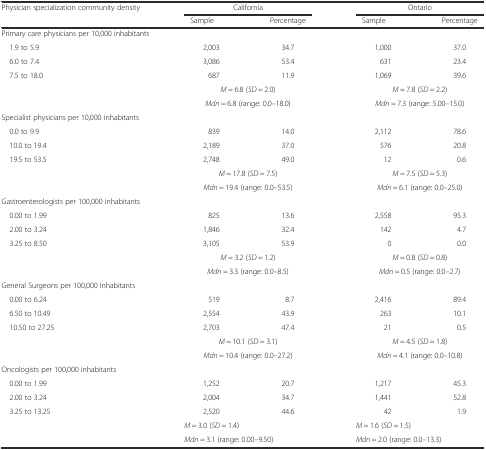
<table><thead><tr><td><b>Physician specialization community density</b></td><td colspan="2"><b>California</b></td><td colspan="2"><b>Ontario</b></td></tr><tr><td></td><td><b>Sample</b></td><td><b>Percentage</b></td><td><b>Sample</b></td><td><b>Percentage</b></td></tr></thead><tbody><tr><td colspan="5">Primary care physicians per 10,000 inhabitants</td></tr><tr><td> 1.9 to 5.9</td><td>2,003</td><td>34.7</td><td>1,000</td><td>37.0</td></tr><tr><td> 6.0 to 7.4</td><td>3,086</td><td>53.4</td><td>631</td><td>23.4</td></tr><tr><td> 7.5 to 18.0</td><td>687</td><td>11.9</td><td>1,069</td><td>39.6</td></tr><tr><td></td><td colspan="2"><i>M</i> = 6.8 (<i>SD</i> = 2.0)</td><td colspan="2"><i>M</i> = 7.8 (<i>SD</i> = 2.2)</td></tr><tr><td></td><td colspan="2"><i>Mdn</i> = 6.8 (range: 0.0–18.0)</td><td colspan="2"><i>Mdn</i> = 7.3 (range: 5.00–15.0)</td></tr><tr><td colspan="5">Specialist physicians per 10,000 inhabitants</td></tr><tr><td> 0.0 to 9.9</td><td>839</td><td>14.0</td><td>2,112</td><td>78.6</td></tr><tr><td> 10.0 to 19.4</td><td>2,189</td><td>37.0</td><td>576</td><td>20.8</td></tr><tr><td> 19.5 to 53.5</td><td>2,748</td><td>49.0</td><td>12</td><td>0.6</td></tr><tr><td></td><td colspan="2"><i>M</i> = 17.8 (<i>SD</i> = 7.5)</td><td colspan="2"><i>M</i> = 7.5 (<i>SD</i> = 5.3)</td></tr><tr><td></td><td colspan="2"><i>Mdn</i> = 19.4 (range: 0.0–53.5)</td><td colspan="2"><i>Mdn</i> = 6.1 (range: 0.0–25.0)</td></tr><tr><td colspan="5">Gastroenterologists per 100,000 inhabitants</td></tr><tr><td> 0.00 to 1.99</td><td>825</td><td>13.6</td><td>2,558</td><td>95.3</td></tr><tr><td> 2.00 to 3.24</td><td>1,846</td><td>32.4</td><td>142</td><td>4.7</td></tr><tr><td> 3.25 to 8.50</td><td>3,105</td><td>53.9</td><td>0</td><td>0.0</td></tr><tr><td></td><td colspan="2"><i>M</i> = 3.2 (<i>SD</i> = 1.2)</td><td colspan="2"><i>M</i> = 0.8 (<i>SD</i> = 0.8)</td></tr><tr><td></td><td colspan="2"><i>Mdn</i> = 3.3 (range: 0.0–8.5)</td><td colspan="2"><i>Mdn</i> = 0.5 (range: 0.0–2.7)</td></tr><tr><td colspan="5">General Surgeons per 100,000 Inhabitants</td></tr><tr><td> 0.00 to 6.24</td><td>519</td><td>8.7</td><td>2,416</td><td>89.4</td></tr><tr><td> 6.50 to 10.49</td><td>2,554</td><td>43.9</td><td>263</td><td>10.1</td></tr><tr><td> 10.50 to 27.25</td><td>2,703</td><td>47.4</td><td>21</td><td>0.5</td></tr><tr><td></td><td colspan="2"><i>M</i> = 10.1 (<i>SD</i> = 3.1)</td><td colspan="2"><i>M</i> = 4.5 (<i>SD</i> = 1.8)</td></tr><tr><td></td><td colspan="2"><i>Mdn</i> = 10.4 (range: 0.0–27.2)</td><td colspan="2"><i>Mdn</i> = 4.1 (range: 0.0–10.8)</td></tr><tr><td colspan="5">Oncologists per 100,000 inhabitants</td></tr><tr><td> 0.00 to 1.99</td><td>1,252</td><td>20.7</td><td>1,217</td><td>45.3</td></tr><tr><td> 2.00 to 3.24</td><td>2,004</td><td>34.7</td><td>1,441</td><td>52.8</td></tr><tr><td> 3.25 to 13.25</td><td>2,520</td><td>44.6</td><td>42</td><td>1.9</td></tr><tr><td></td><td colspan="2"><i>M</i> = 3.0 (<i>SD</i> = 1.4)</td><td colspan="2"><i>M</i> = 1.6 (<i>SD</i> = 1.5)</td></tr><tr><td></td><td colspan="2"><i>Mdn</i> = 3.1 (range: 0.00–9.50)</td><td colspan="2"><i>Mdn</i> = 2.0 (range: 0.0–13.3)</td></tr></tbody></table>